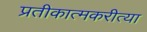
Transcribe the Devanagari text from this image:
प्रतीकात्मकरीत्या